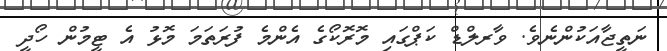
ނަތީޖާއަކުންނެވެ. ވާރލްޑް ކަޕްގައި މޮރޮކޯގެ އެންމެ ފުރަތަމަ މޮޅު އެ ޓީމުން ހޯދީ